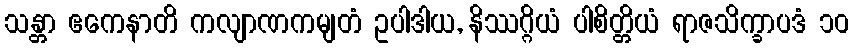
သန္တာ ဧကေနာတိ ကလျာဏကမျတံ ဥပါဒါယ, နိဿဂ္ဂိယံ ပါစိတ္တိယံ ရာဇသိက္ခာပဒံ ၁၀